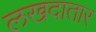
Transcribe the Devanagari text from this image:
लखदातार